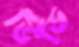
ভিভি